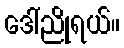
ဒေါ်ညိုရယ်။